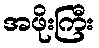
အဖိုးကြီး